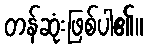
တန်ဆုံးဖြစ်ပါ၏။